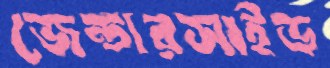
জেন্ডারসাইড